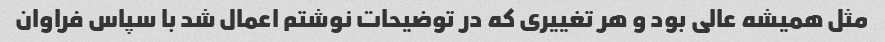
مثل همیشه عالی بود و هر تغییری که در توضیحات نوشتم اعمال شد با سپاس فراوان